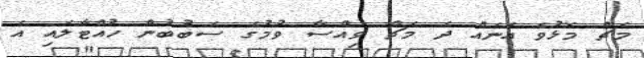
މެޗް މޮޅުވެ އަނެއް ދެ މެޗް ވިއްސާ ވުމުގެ ސަބުބުން ހުއްޓާލައި އެ